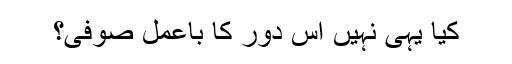
کیا یہی نہیں اس دور کا باعمل صوفی؟